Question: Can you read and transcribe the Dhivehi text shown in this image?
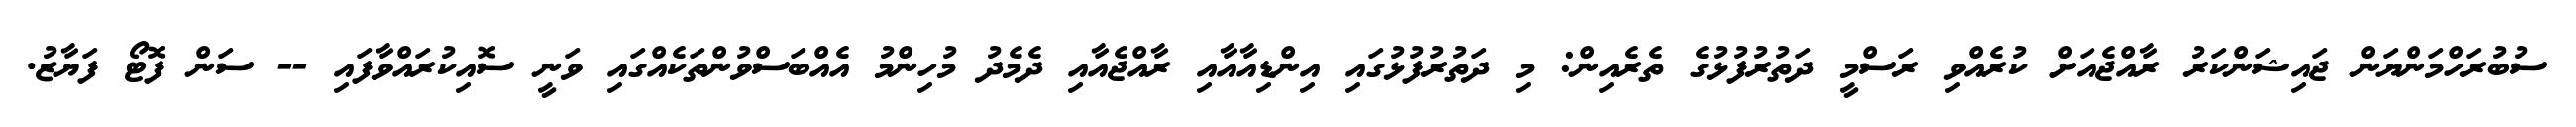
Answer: ސުބުރަހްމަންޔަން ޖައިޝަންކަރު ރާއްޖެއަށް ކުރެއްވި ރަސްމީ ދަތުރުފުޅުގެ ތެރެއިން: މި ދަތުރުފުޅުގައި އިންޑިއާއާއި ރާއްޖެއާއި ދެމެދު މުހިންމު އެއްބަސްވުންތަކެއްގައި ވަނީ ސޮއިކުރައްވާފައި -- ސަން ފޮޓޯ ފަޔާޒު.